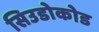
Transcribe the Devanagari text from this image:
सिउडोकोड